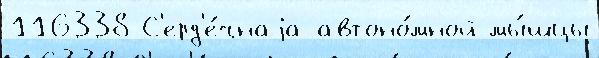
116338 С'ерд'е́чнаjа автоно́мной мы́шцы